Indian journal of veterinary science and animal husbandry - Volume 3,
Year: 1933
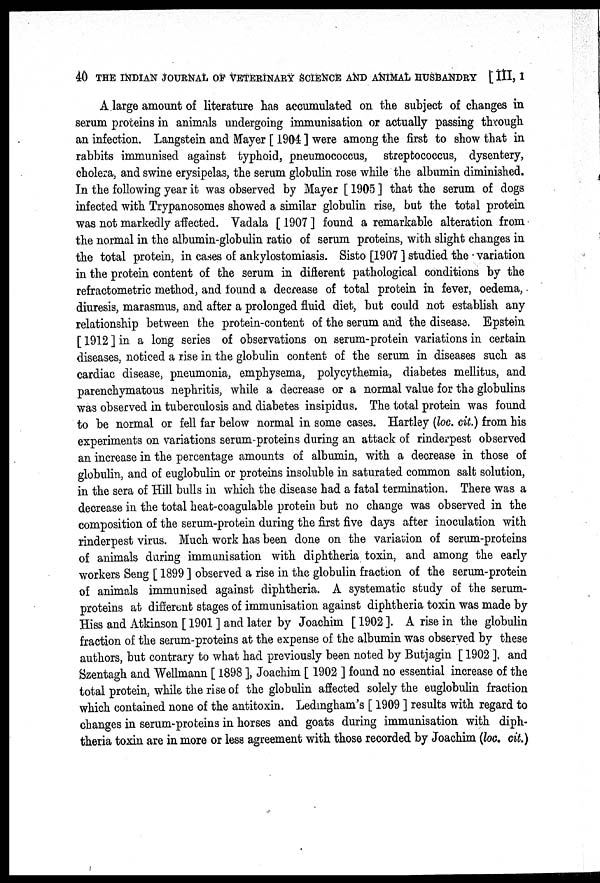
40 THE INDIAN JOURNAL OF VETERINARY SCIENCE AND ANIMAL HUSBANDRY [ III, I
A large amount of literature has accumulated on the subject of changes in
serum proteins in animals undergoing immunisation or actually passing through
an infection. Langstein and Mayer [ 1904 ] were among the first to show that in
rabbits immunised against typhoid, pneumococcus, streptococcus, dysentery,
cholera, and swine erysipelas, the serum globulin rose while the albumin diminished.
In the following year it was observed by Mayer [ 1905 ] that the serum of dogs
infected with Trypanosomes showed a similar globulin rise, but the total protein
was not markedly affected. Vadala [ 1907 ] found a remarkable alteration from
the normal in the albumin-globulin ratio of serum proteins, with slight changes in
the total protein, in cases of ankylostomiasis. Sisto [1907 ] studied the variation
in the protein content of the serum in different pathological conditions by the
refractometric method, and found a decrease of total protein in fever, oedema,
diuresis, marasmus, and after a prolonged fluid diet, but could not establish any
relationship between the protein-content of the serum and the disease. Epstein
[ 1912 ] in a long series of observations on serum-protein variations in certain
diseases, noticed a rise in the globulin content of the serum in diseases such as
cardiac disease, pneumonia, emphysema, polycythemia, diabetes mellitus, and
parenchymatous nephritis, while a decrease or a normal value for the globulins
was observed in tuberculosis and diabetes insipidus. The total protein was found
to be normal or fell far below normal in some cases. Hartley (loc. cit.) from his
experiments on variations serum-proteins during an attack of rinderpest observed
an increase in the percentage amounts of albumin, with a decrease in those of
globulin, and of euglobulin or proteins insoluble in saturated common salt solution,
in the sera of Hill bulls in which the disease had a fatal termination. There was a
decrease in the total heat-coagulable protein but no change was observed in the
composition of the serum-protein during the first five days after inoculation with
rinderpest virus. Much work has been done on the variation of serum-proteins
of animals during immunisation with diphtheria toxin, and among the early
workers Seng [ 1899 ] observed a rise in the globulin fraction of the serum-protein
of animals immunised against diphtheria. A systematic study of the serum-
proteins at different stages of immunisation against diphtheria toxin was made by
Hiss and Atkinson [ 1901 ] and later by Joachim [ 1902 ]. A rise in the globulin
fraction of the serum-proteins at the expense of the albumin was observed by these
authors, but contrary to what had previously been noted by Butjagin [ 1902 ], and
Szentagh and Wellmann [ 1898 ], Joachim [ 1902 ] found no essential increase of the
total protein, while the rise of the globulin affected solely the euglobulin fraction
which contained none of the antitoxin. Ledmgham's [1909 ] results with regard to
changes in serum-proteins in horses and goats during immunisation with diph-
theria toxin are in more or less agreement with those recorded by Joachim (loc, cit.)